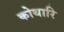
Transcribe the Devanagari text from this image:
कोथारि